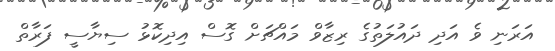
އަަރަނި ވެ އަދި ދައުލަތުގެ ރިޒާވް މައްޗަށް ގޮސް އިދިކޮޅު ސިޔާސީ ފަރާތް